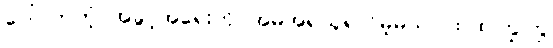
ပေါ်လာတဲ့ အခွင့်အရေးကို အမိအရယူရလိမ့်မယ်၊ ထထကြွကြွ